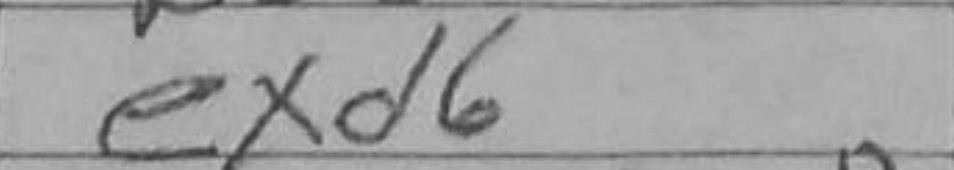
Transcription: exd6